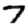
Digit: 7